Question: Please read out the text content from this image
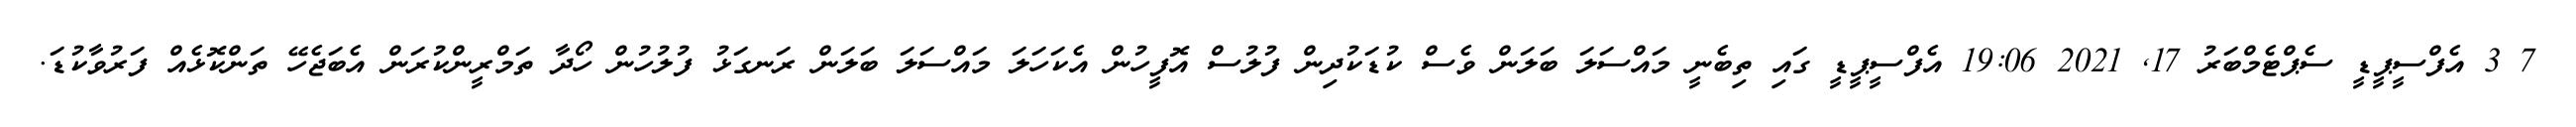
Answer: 7 3 އެފްސީޕީޑީ ސެޕްޓެމްބަރު 17, 2021 19:06 އެފްސީޕީޑީ ގައި ތިބެނީ މައްސަލަ ބަލަން ވެސް ކުޑަކުދިން ފުލުސް އޮފީހުން އެކަހަލަ މައްސަލަ ބަލަން ރަނގަޅު ފުލުހުން ހޯދާ ތަމްރީންކުރަން އެބަޖެހޭ ތަންކޮޅެއް ފަރުވާކުޑަ.